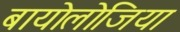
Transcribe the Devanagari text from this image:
बायोलोजिया